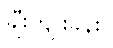
ချီးကျူးခန်း။